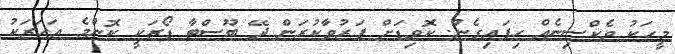
މީހަކު ވެކްސިނެއް ހިފައިގެން. ކޮވިޑަށް ފަރުވާކުރަން ދޭ ބޫސްޓާ ޑޯޒަކީ ކޮންމެ އަހަރަކު